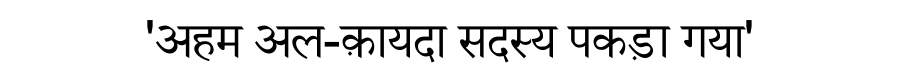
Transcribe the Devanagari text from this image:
'अहम अल-क़ायदा सदस्य पकड़ा गया'